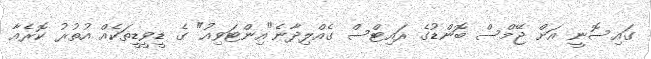
ގައިސޮނީ އަށް ޖޭމްސް ބޮންޑުގެ ރައިޓްސް ގެއްލިދާނެ"އިންޓަވިއު" ގެ ޑީވީޑީތަކެއް އުތުރު ކޮރެއާ